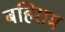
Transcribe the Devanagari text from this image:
बहिराम